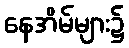
နေအိမ်များ၌